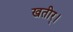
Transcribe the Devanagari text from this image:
खतीर्।